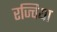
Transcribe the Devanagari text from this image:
रज्विया